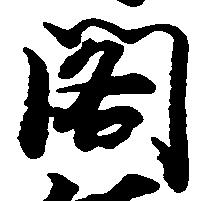
閣